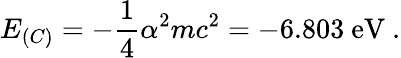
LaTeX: E_{(C)}=-\frac{1}{4}\alpha^{2}mc^{2}=-6.803\ \mathrm{eV}\ .